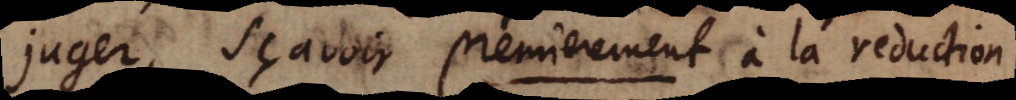
juger, sçavoir premierement à la reduction